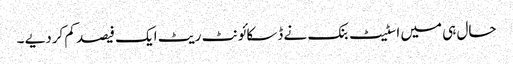
حال ہی میں اسٹیٹ بنک نے ڈسکائونٹ ریٹ ایک فیصد کم کردیے ۔